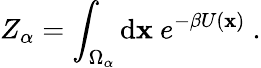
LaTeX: Z_{\alpha}=\int_{\Omega_{\alpha}}\mathrm{d}\mathbf{x}\ e^{-\beta U(\mathbf{x})}\ .